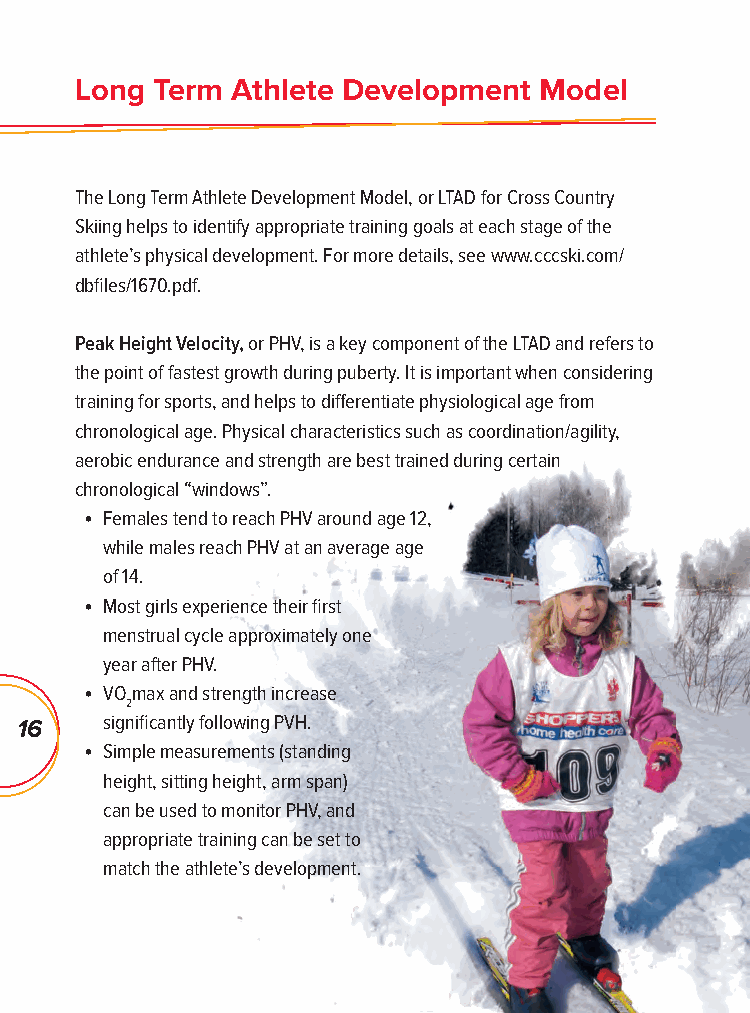
Long Term Athlete Development  Model
 The Long Term Athlete Development Model, or LTAD for Cross Country
 Skiing helps to identify appropriate training goals at each stage of the
 athlete’s physical development. For more details, see www.cccski.com/
 dbfi les/1670.pdf.
 Peak Height Velocity, or PHV, is a key component of the LTAD and refers to
 the point of fastest growth during puberty. It is important when considering
 training for sports, and helps to diff erentiate physiological age from
 chronological age. Physical characteristics such as coordination/agility,
 aerobic endurance and strength are best trained during certain
 chronological “windows”.
 • Females tend to reach PHV around age 12,
 while males reach PHV at an average age
 of 14.
 • Most girls experience their fi rst
 menstrual cycle approximately one
 year after PHV.
 • VOmax and strength increase
 2
 16    signifi cantly following PVH.
 • Simple measurements (standing
 height, sitting height, arm span)
 can be used to monitor PHV, and
 appropriate training can be set to
 match the athlete’s development.